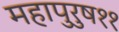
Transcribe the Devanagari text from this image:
महापुरुष११